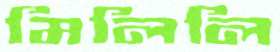
মিলিলি